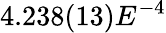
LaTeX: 4.238(13)E^{-4}